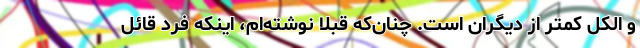
و الکل کمتر از دیگران است. چنان‌که قبلاً نوشته‌ام، اینکه فرد قائل